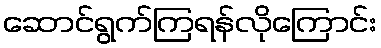
ဆောင်ရွက်ကြရန်လိုကြောင်း